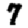
Digit: 7